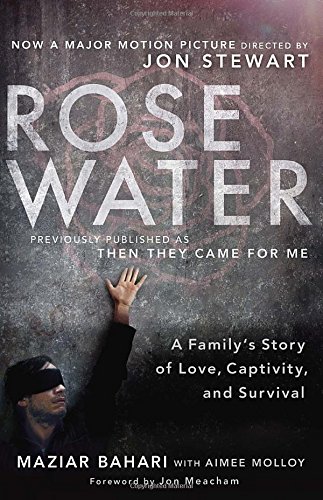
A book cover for Rosewater (Movie Tie-in Edition): A Family's Story of Love, Captivity, and Survival; Maziar Bahari; Law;